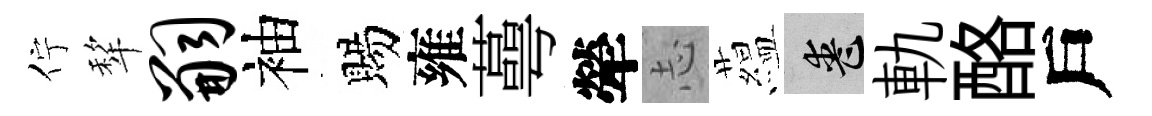
佇犂嗣袖賜雍蕚犖𢖽藴喪軌酪戶